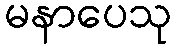
မနာပေသု